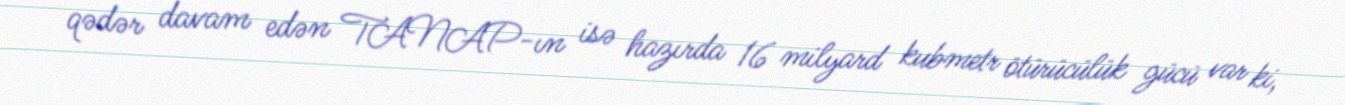
qədər davam edən TANAP-ın isə hazırda 16 milyard kubmetr ötürücülük gücü var ki,